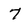
Character: 7